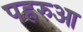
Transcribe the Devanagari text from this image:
पहरुआ